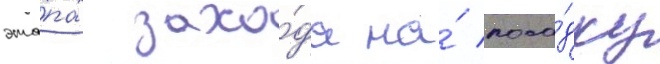
эта́пах захо́да на́ поса́дку